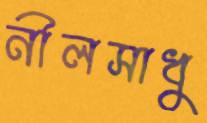
নীলসাধু